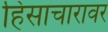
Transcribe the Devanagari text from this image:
हिंसाचारावर